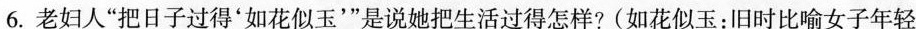
6.老妇人“把日子过得"如花似玉””是说她把些活过得怎样?(如花似玉:旧时比喻女子年轻